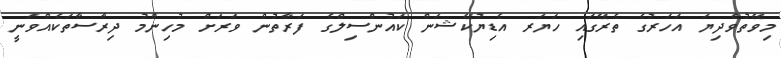
މިވޭތުވެދިޔަ އަހަރުގެ ތެރޭގައި ހަޔަރ އެޑިޔުކޭޝަން ކައުންސިލްގެ ފަރާތުން ވަރަށް މުހިންމު ދިރާސާތަކެއްވަނީ